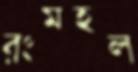
রংমহল